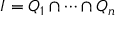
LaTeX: I = Q _ { 1 } \cap \cdots \cap Q _ { n }